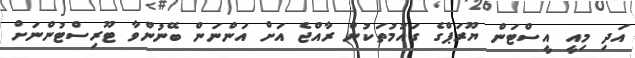
އަދި މިއީ އީސްޓަން ޔޫރަޕްގެ ގައުމުތަކުން ރާއްޖެ އަށް އަންނަން ބޭނުންވާ ޓޫރިސްޓުންނަށް